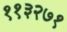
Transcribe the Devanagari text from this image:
११३२७१